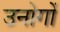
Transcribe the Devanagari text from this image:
उनोगों